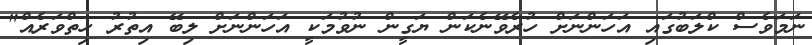
ނަމަވެސް ކްލަބުގައި އަހަންނަށް ހުރެވޭނެކަން ޔަގީން ނުވުމަކީ އަހަންނަށް ލިބޭ އިތުރު ހިތްވަރެއް"